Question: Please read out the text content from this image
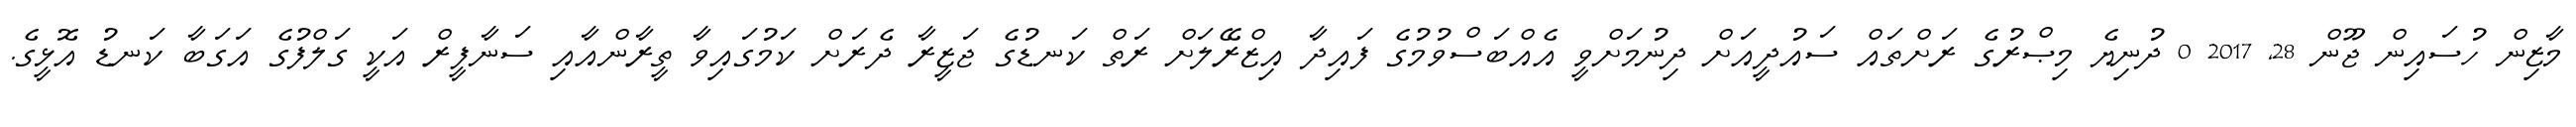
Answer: މާޒިން ހުސައިން ޖޫން 28, 2017 0 ދުނިޔެ މިޞްރުގެ ރަށްތައް ސައުދީއަށް ދިނުމަށްވީ އެއްބަސްވުމުގެ ފައިދާ އިޒްރޭލަށް ރަތް ކަނޑުގެ ޖަޒީރާ ދެރަށް ކަމުގައިވާ ތީރާންއާއި ސަނާފީރް އަކީ ގަލްފުގެ އަގަބާ ކަނޑު އޮޅީގެ.